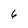
Character: 6